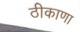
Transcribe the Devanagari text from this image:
ठीकाणा